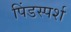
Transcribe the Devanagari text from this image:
पिंडस्पर्श